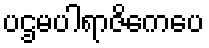
ပဌမပါရာဇိကေပေ